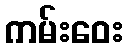
ကမ်းဝေး